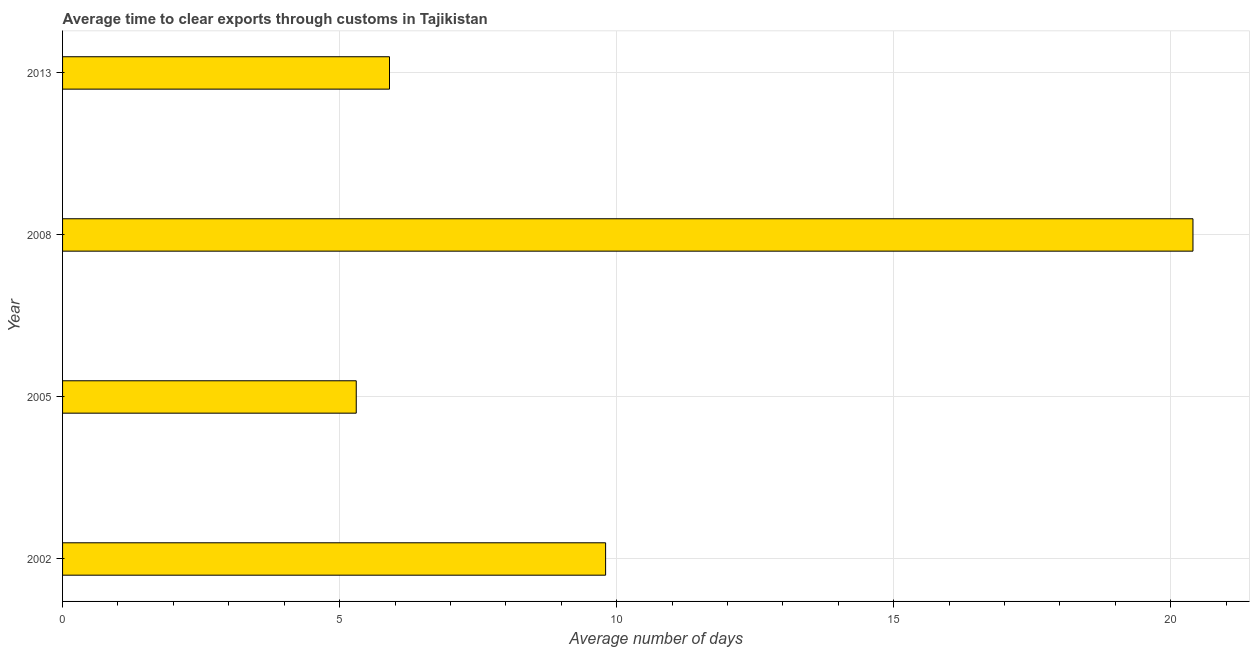
| Year | Time to clear exports through customs |
 | --- | --- |
 | 2002 | 9.8 |
 | 2005 | 5.3 |
 | 2008 | 20.4 |
 | 2013 | 5.9 |